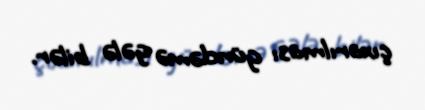
çıxarılması gündəmə gələ bilər.